Report on vaccination in Madras 1922-1929 - 1922-1929
Year: 1922
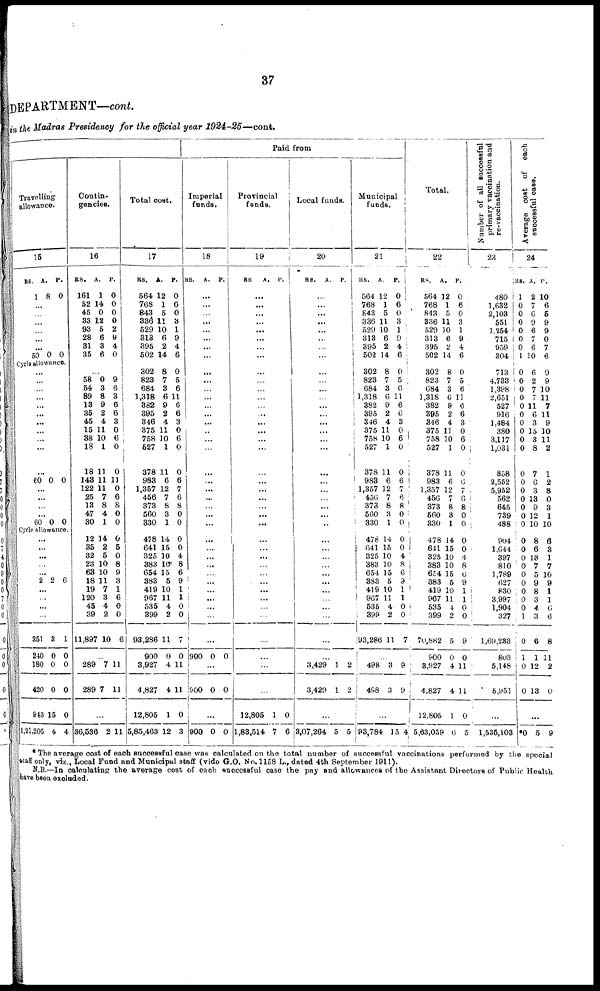
37
DEPARTMENT—cont.
in the Madras Presidency for the official year 1924-25—cont.
Travelling
allowance.
15
RS.
1
A.
8
P.
0
...
...
...
...
...
...
50 0 0
Cycle allowance.
...
...
...
...
...
...
...
...
...
...
...
60 0 0
...
...
...
...
60 0 0
Cycle allowance.
...
...
...
...
...
2 2 6
...
...
...
...
351
240
180
420
943
1,21,205
3
0
0
0
15
4
1
0
0
0
0
4
Contin-
gencies.
16
RS.
161
52
45
33
93
28
31
35
A.
1
14
0
12
5
6
3
6
P.
0
0
0
0
2
9
4
0
... 58
54
89
13
35
45
15
38
18
18
143
122
25
13
47
30
0
3
8
9
2
4
11
10
1
11
11
11
7
8
4
1
9
6
3
6
6
3
0
6
0
0
11
0
6
8
0
0
12
35
32
23
63
18
19
120
45
39
11,897
14
2
5
10
10
11
7
3
4
2
10
0
5
0
8
9
3
1
6
0
0
6
...
289
289
7
7
11
11
...
36,536 2 11
Total cost.
17
RS.
564
768
843
336
529
313
395
502
A.
12
1
5
11
10
6
2
14
P.
0
6
0
3
1
9
4
6
302
823
684
1,318
382
395
346
375
758
527
378
983
1,357
456
373
560
330
8
7
3
6
9
2
4
11
10
1
11
6
12
7
8
3
1
0
5
6
11
6
6
3
0
6
0
0
6
7
6
8
0
0
478
641
325
383
654
383
419
967
535
399
93,286
900
3,927
4,827
12,805
5,85,463
14
15
10
10
15
5
10
11
4
2
11
0
4
4
1
12
0
0
4
8
6
9
1
1
0
0
7
0
11
11
0
3
Paid from
Imperial
funds.
18
RS. A. P.
...
...
...
...
...
...
...
...
...
...
...
...
...
...
...
...
...
...
...
...
...
...
...
...
...
...
...
...
...
...
...
...
...
...
...
...
900 0 0
...
900 0 0
...
900 0 0
Provincial
funds.
19
RS
A. P.
...
...
...
...
...
...
...
...
...
...
...
...
...
...
...
...
...
...
...
...
...
...
...
...
...
...
...
...
...
...
...
...
...
...
...
...
...
12,805
1,83,514
1
7
0
6
Local funds.
20
RS.
A. P.
...
...
...
...
...
...
...
...
...
...
...
...
...
...
...
...
...
...
...
...
...
...
...
...
...
...
...
...
...
...
...
...
...
...
...
...
...
3,429
3,429
1
1
2
2
...
3,07,264 5 5
Municipal
funds.
21
RS.
564
768
843
336
529
313
395
502
A.
12
1
5
11
10
6
2
14
P.
0
6
0
3
1
9
4
6
302
823
684
1,318
382
395
346
375
758
527
378
983
1,357
456
373
560
330
8
7
3
6
9
2
4
11
10
1
11
6
12
7
8
3
1
0
5
6
11
6
6
3
0
6
0
0
6
7
6
8
0
0
478
641
325
383
654
383
419
967
535
399
93,286
14
15
10
10
15
5
10
11
4
2
11
0
0
4
8
6
9
1
1
0
0
7
...
498
498
3
3
9
9
...
93,784 15 4
Total.
22
RS.
564
768
843
336
529
313
395
502
A.
12
1
5
11
10
6
2
14
P.
0
6
0
3
1
9
4
6
302
823
684
1,318
382
395
346
375
758
527
378
983
1,357
456
373
560
330
478
641
325
383
624
383
419
967
535
399
70,882
600
3,927
4,827
12,805
5,63,059
8
7
3
6
9
2
4
11
10
1
11
6
12
7
8
3
1
0
5
6
11
6
6
3
0
6
0
0
6
7
6
8
0
0
Number of all successful
primary vaccination and
re-vaccination.
23
480
1,632
2,103
551
1,254
715
959
304
713
4,733
1,398
2,651
527
916
1,484
380
3,117
1,031
858
2,552
5,952
562
645
739
488
14
15
10
10
15
5
10
11
4
2
5
0
4
4
1
6
0
0
4
8
6
9
1
1
0
0
9
0
11
11
0
5
904
1,644
397
810
1,789
627
830
3,997
1,904
327
1,69,233
803
5,148
5,951
...
1,535,103
Average cost of each
successful case.
24
RS.
1
0
0
0
0
0
0
1
A.
2
7
6
9
6
7
6
10
P.
10
6
5
9
9
0
7
6
0
0
0
0
0
0
0
0
0
0
0
0
0
0
0
0
0
6
2
7
7
11
6
3
15
3
8
7
0
3
13
9
12
10
9
9
10
11
7
11
9
10
11
2
1
2
8
0
3
1
10
0
0
0
0
0
0
0
0
0
1
0
1
0
0
8
6
13
7
5
9
8
3
4
3
6
1
12
13
6
3
1
7
10
9
1
1
6
6
8
11
2
0
...
*0 5 9
* The average cost of each successful case was calculated on the total number of successful vaccinations performed by the special
staff only, viz., Local Fund and Municipal staff (vide G.O. No. 1158 L., dated 4th September 1911).
N.B.—In calculating the average cost of each successful case the pay and allowances of the Assistant Directors of Public Health
have been excluded.